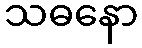
သဓနော